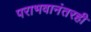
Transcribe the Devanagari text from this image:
पराभवानंतरही